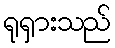
ရုရှားသည်